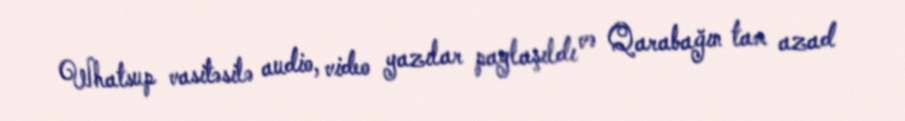
Whatsup vasitəsilə audio, video yazılar paylaşıldı və Qarabağın tam azad